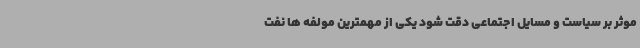
موثر بر سیاست و مسایل اجتماعی دقت شود یکی از مهمترین مولفه ها نفت